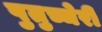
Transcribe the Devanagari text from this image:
पुतुच्चेरी